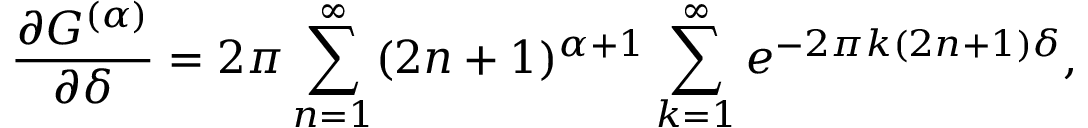
\frac { \partial G ^ { ( \alpha ) } } { \partial \delta } = 2 \pi \sum _ { n = 1 } ^ { \infty } ( 2 n + 1 ) ^ { \alpha + 1 } \sum _ { k = 1 } ^ { \infty } e ^ { - 2 \pi k ( 2 n + 1 ) \delta } ,